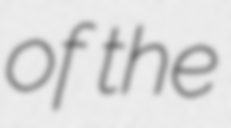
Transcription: of the